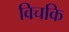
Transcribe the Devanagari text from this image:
विचकि